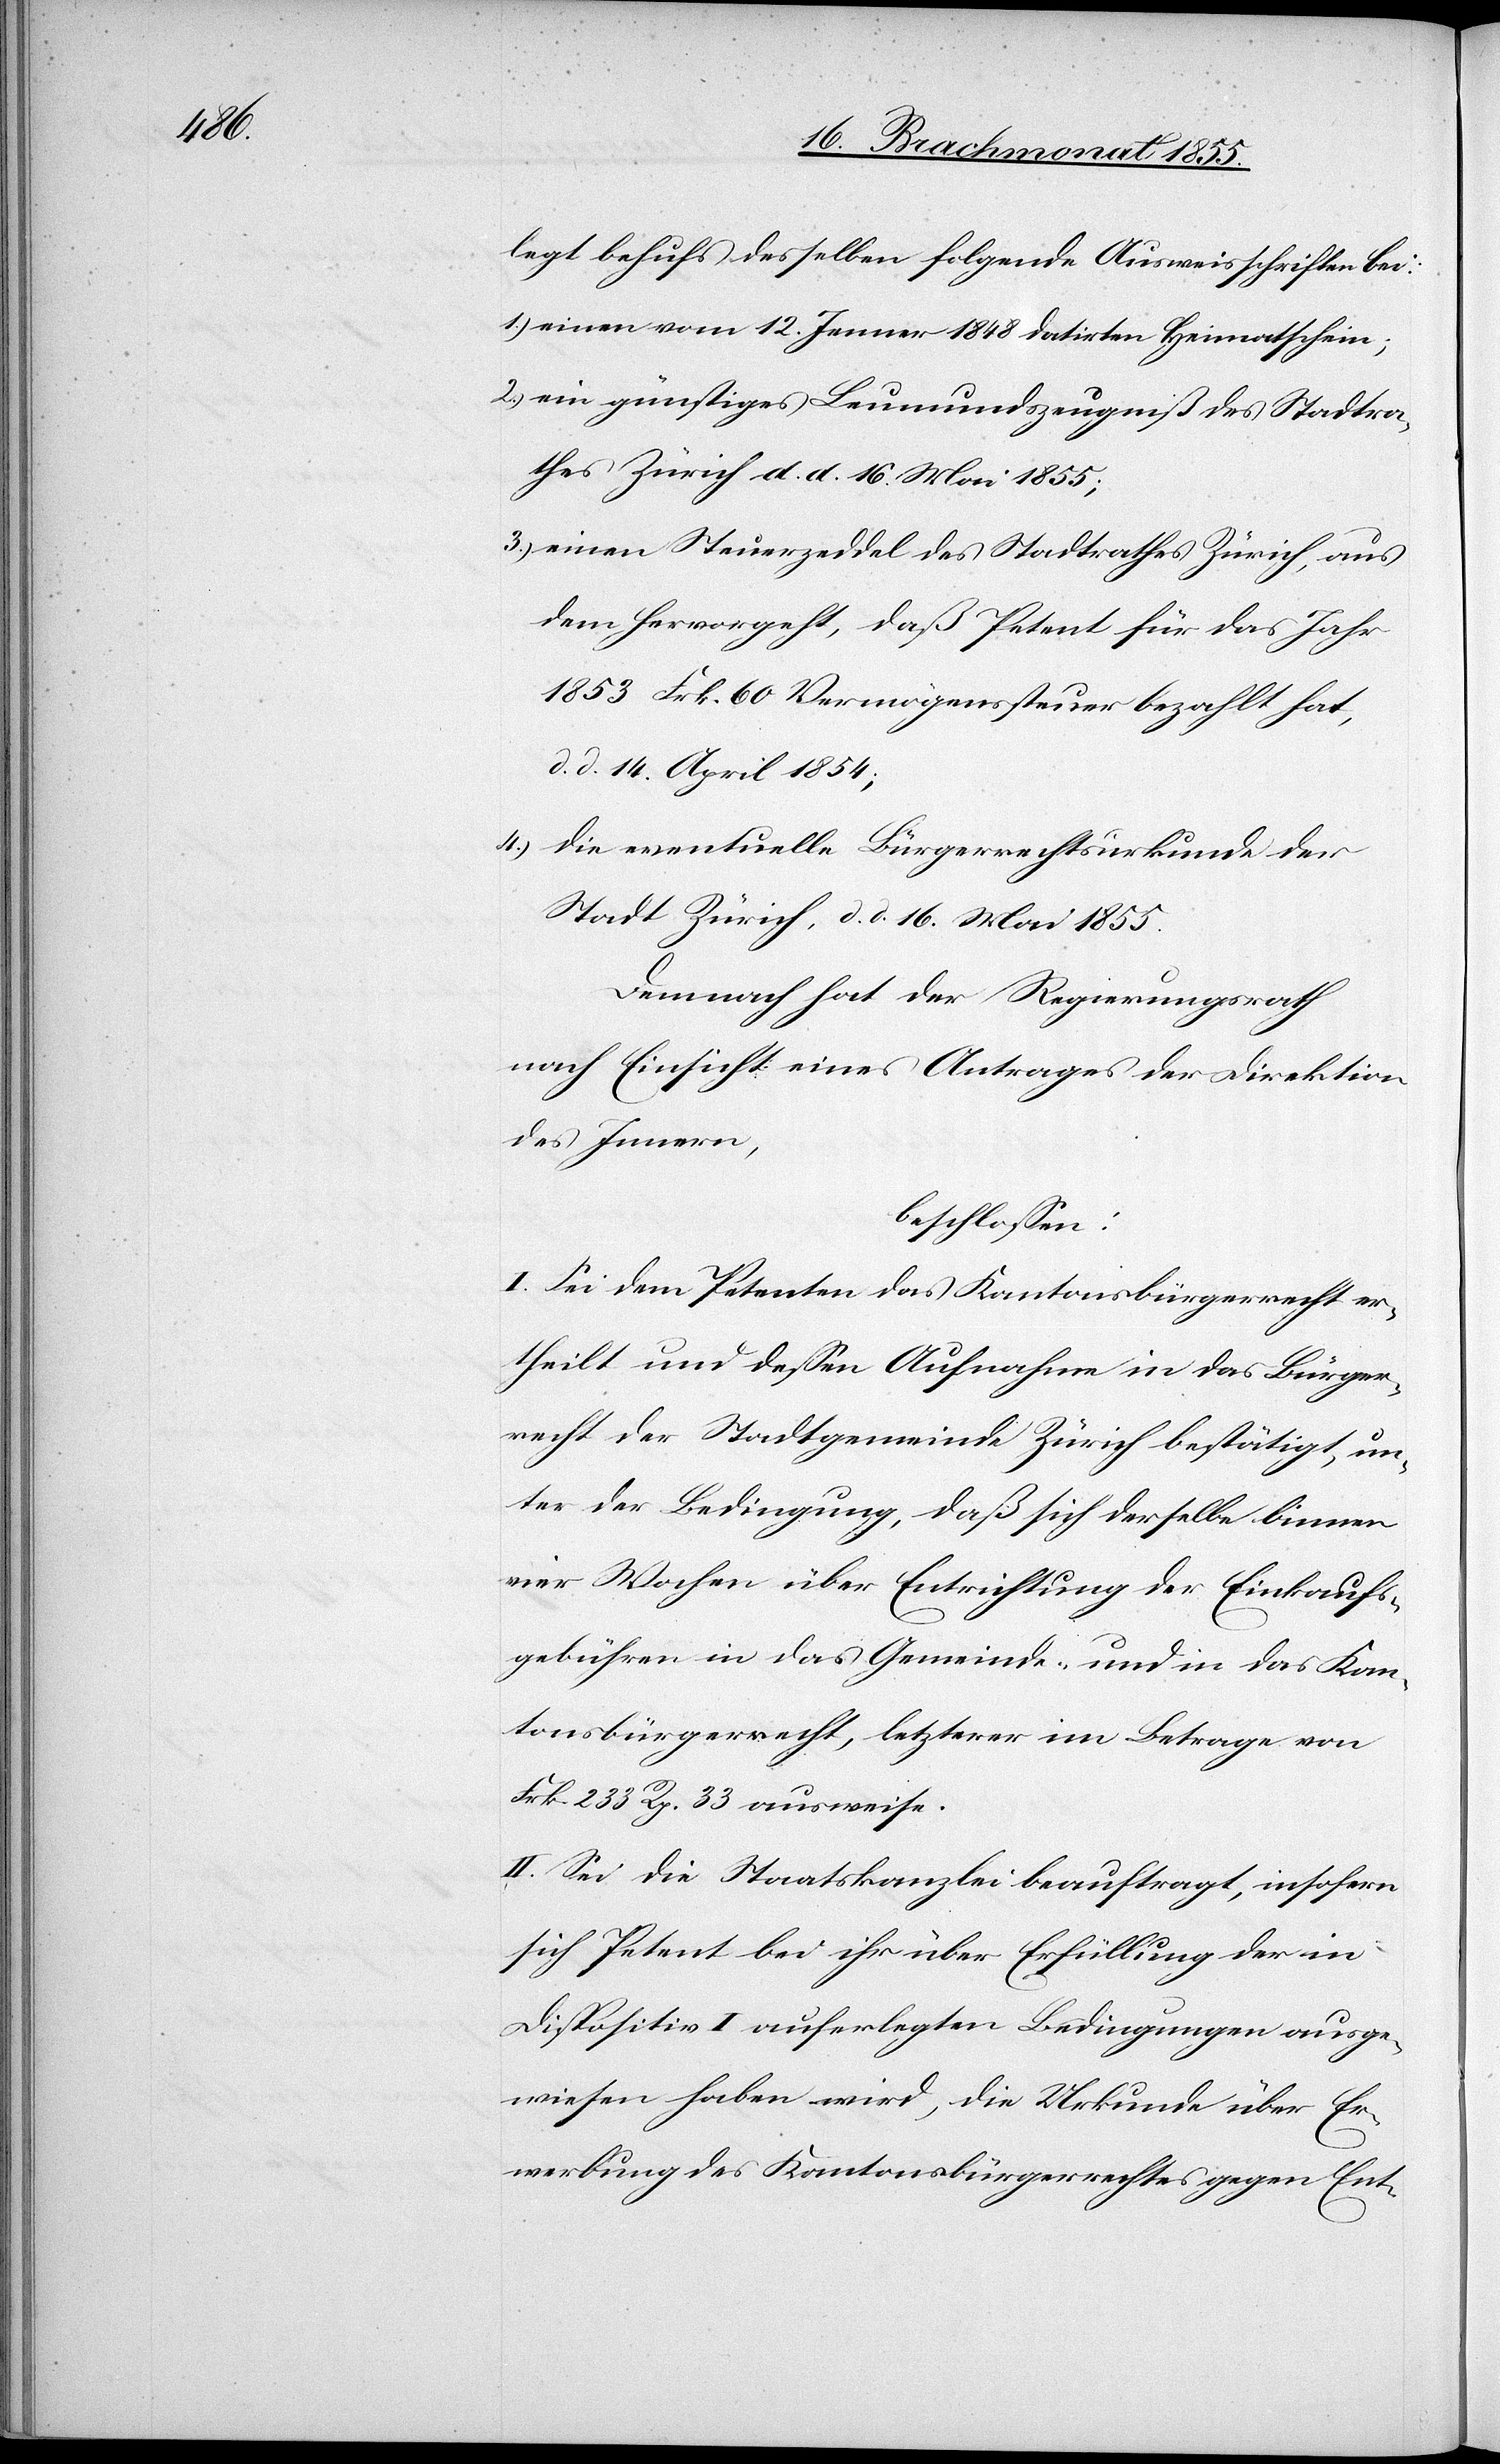
legt behufs desselben folgende Ausweisschriften bei:
einen vom 12. Jenner 1848 datirten Heimatschein;
ein günstiges Leumundszeugniß des Stadtra¬
thes Zürich d. d. 16. Mai 1855;
einen Steuerzeddel des Stadtrathes Zürich, aus
dem hervorgeht, daß Petent für das Jahr
1853 Frk. 60 Vermögenssteuer bezahlt hat,
d. d. 14. April 1854;
die eventuelle Bürgerrechtsurkunde der
Stadt Zürich, d. d. 16. Mai 1855.
Demnach hat der Regierungsrath
nach Einsicht eines Antrages der Direktion
des Innern,
beschlossen:
I. Sei dem Petenten das Kantonsbürgerrecht er¬
theilt und dessen Aufnahme in das Bürger¬
recht der Stadtgemeinde Zürich bestätigt, un¬
ter der Bedingung, daß sich derselbe binnen
vier Wochen über Entrichtung der Einkaufs¬
gebühren in das Gemeinde- und in das Kan¬
tonsbürgerrecht, letzterer im Betrage von
Frk. 233 Rp. 33 ausweise.
II. Sei die Staatskanzlei beauftragt, insofern
sich Petent bei ihr über Erfüllung der in
Dispositiv I auferlegten Bedingungen ausge¬
wiesen haben wird, die Urkunde über Er¬
werbung des Kantonsbürgerrechtes gegen Ent-